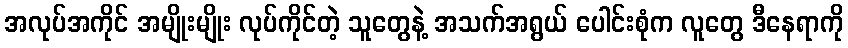
အလုပ်အကိုင် အမျိုးမျိုး လုပ်ကိုင်တဲ့ သူတွေနဲ့ အသက်အရွယ် ပေါင်းစုံက လူတွေ ဒီနေရာကို